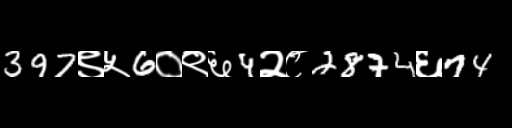
Text: 397९५6०९६4२८2874६74